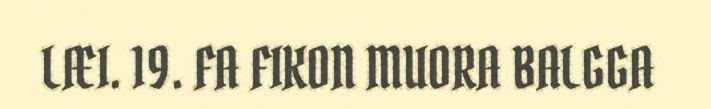
LÆI. 19. FA FIKON MUORA BALGGA